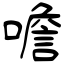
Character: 噡